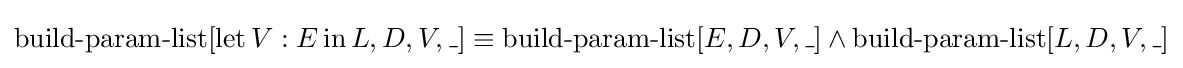
\operatorname {build-param-list} [\operatorname {let} V:E\operatorname {in} L,D,V,\_]\equiv \operatorname {build-param-list} [E,D,V,\_]\land \operatorname {build-param-list} [L,D,V,\_]